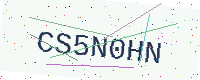
Text: CS5N0HN